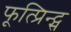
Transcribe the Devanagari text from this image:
फूत्प्रिन्ट्स